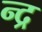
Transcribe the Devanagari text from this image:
न्द्र